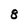
Character: 8